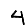
Digit: 4